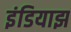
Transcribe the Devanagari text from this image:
इंडियाझ